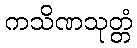
ကသိဏသုတ္တံ